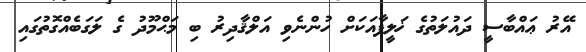
އޭރު ޢައްބާސީ ދައުލަތުގެ ޚަލީފާއަކަށް ހުންނެވި އަލްޤާދިރު ބި މަޙްމޫދު ގެ ލަގަބެއްގޮތުގައި